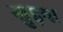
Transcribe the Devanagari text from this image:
खुड़वा